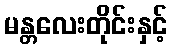
မန္တလေးတိုင်းနှင့်